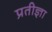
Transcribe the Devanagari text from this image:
प्रतीज्ञा